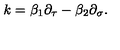
k = \beta _ { 1 } \partial _ { \tau } - \beta _ { 2 } \partial _ { \sigma } .